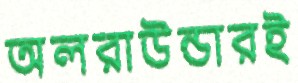
অলরাউন্ডারই